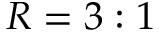
R = 3 : 1